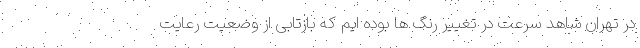
در تهران شاهد سرعت در تغییر رنگ ها بوده ایم که بازتابی از وضعیت رعایت